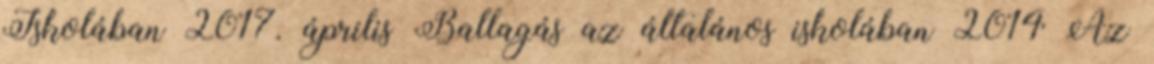
Iskolában 2017. április Ballagás az általános iskolában 2014 Az